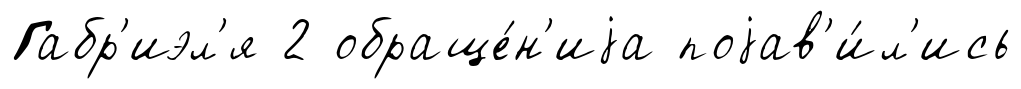
Габр'иэл'я 2 обраще́н'иjа поjав'и́л'ись